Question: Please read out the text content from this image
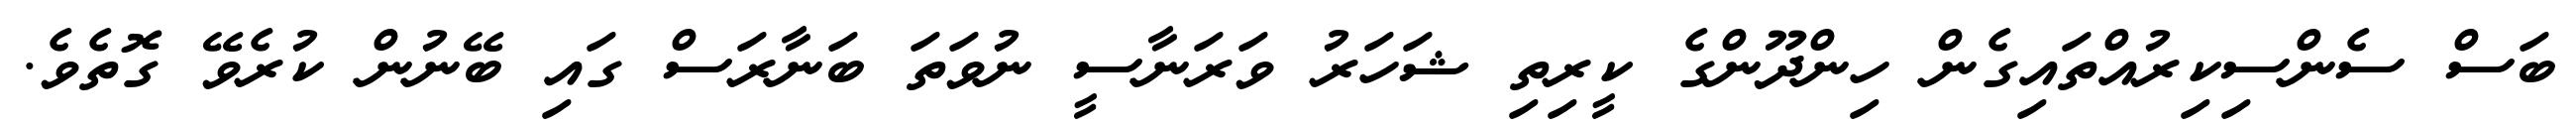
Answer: ބަސް ސެންސިކިރުއްތައިގެން ހިންދޫންގެ ކީރިތި ޝަހަރު ވަރަނާސީ ނުވަތަ ބަނާރަސް ގައި ބޭނުން ކުރެވޭ ގޮތެވެ.